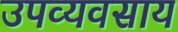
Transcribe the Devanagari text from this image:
उपव्यवसाय